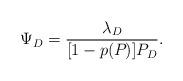
LaTeX: \begin{align*}\Psi_D = \frac{\lambda_D}{[1-p(P_{})]P_D}.\end{align*}